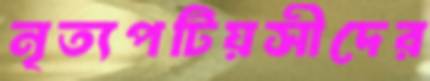
নৃত্যপটিয়সীদের